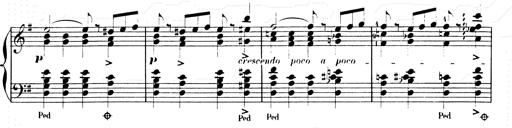
Title: Les SabÃ©ennes
Composer: Franz Liszt